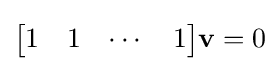
{\begin{bmatrix}1&1&\cdots &1\\\end{bmatrix}}\mathbf {v} =0